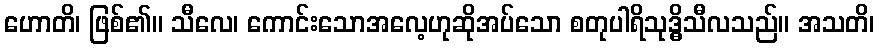
ဟောတိ၊ ဖြစ်၏။ သီလေ၊ ကောင်းသောအလေ့ဟုဆိုအပ်သော စတုပါရိသုဒ္ဓိသီလသည်။ အသတိ၊